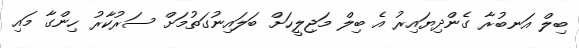
ބިލް އަނބުރާ ގެންދިޔައިރު އެ ބިލް މަޖިލީހަށް ބަލައިނުގަތުމަށް ސަރުކާރު ހިންގާ މައި